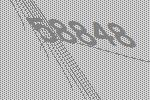
58848